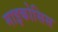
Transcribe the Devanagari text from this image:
माइकोसिस